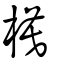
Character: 模